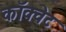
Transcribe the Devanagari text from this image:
कॉक्वेट